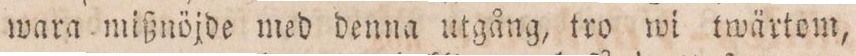
wara mißnöjde med denna utgång, tro wi twärtom,